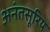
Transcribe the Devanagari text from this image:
अनंतसूरिय